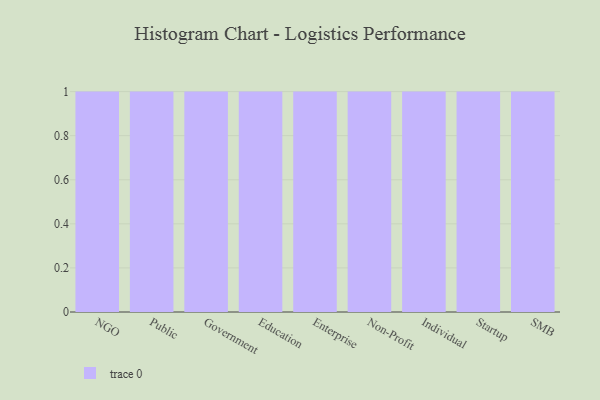
{"axis": {"x": "Segment", "y": "Revenue (USD Million)"}, "legend": [""], "data": [{"x": "NGO", "y": 16, "type": ""}, {"x": "Public", "y": 64, "type": ""}, {"x": "Government", "y": 21, "type": ""}, {"x": "Education", "y": 43, "type": ""}, {"x": "Enterprise", "y": 15, "type": ""}, {"x": "Non-Profit", "y": 93, "type": ""}, {"x": "Individual", "y": 1, "type": ""}, {"x": "Startup", "y": 13, "type": ""}, {"x": "SMB", "y": 19, "type": ""}]}